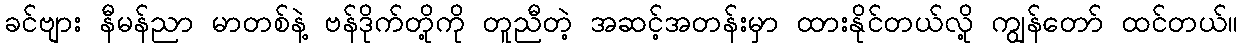
ခင်ဗျား နီမန်ညာ မာတစ်နဲ့ ဗန်ဒိုက်တို့ကို တူညီတဲ့ အဆင့်အတန်းမှာ ထားနိုင်တယ်လို့ ကျွန်တော် ထင်တယ်။